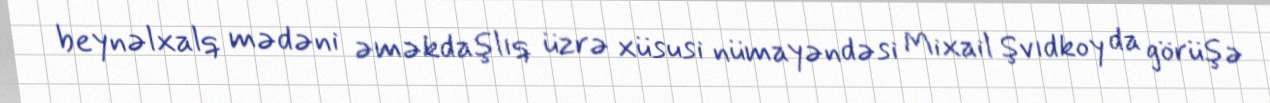
beynəlxalq mədəni əməkdaşlıq üzrə xüsusi nümayəndəsi Mixail Şvıdkoy da görüşə